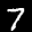
Label: 7